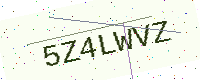
Text: 5Z4LWVZ